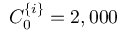
C _ { 0 } ^ { \{ i \} } = 2 , 0 0 0